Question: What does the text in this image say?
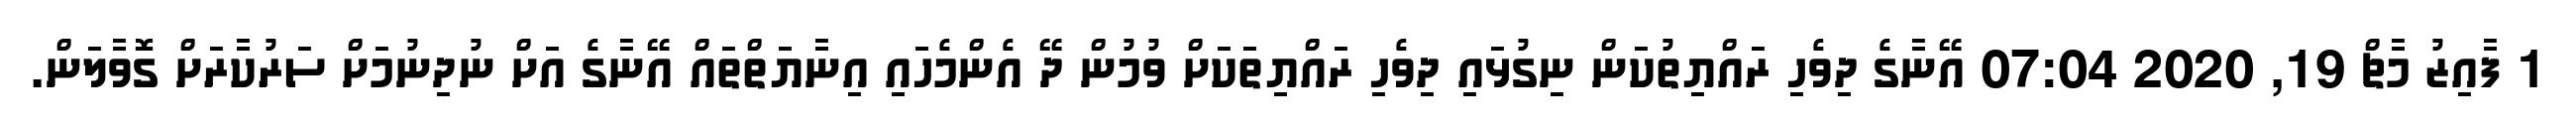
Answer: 1 ފާއިޒު މާޗް 19, 2020 07:04 އޭނާގެ ދިވެހި ރައްޔިތުކަން ނިގުޅައި ދިވެހި ރައްޔިތަކަށް ވުމުން ދޭ އެންމެހައި އިނާޔަތްތައް އޭނާގެ އަށް ނުދިނުމަށް ސަރުކާރަށް ގޮވާލަން.